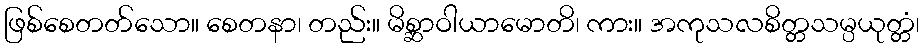
ဖြစ်စေတတ်သော။ စေတနာ၊ တည်း။ မိစ္ဆာဝါယာမောတိ၊ ကား။ အကုသလစိတ္တသမ္ပယုတ္တံ၊